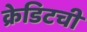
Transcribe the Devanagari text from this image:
क्रेडिटची